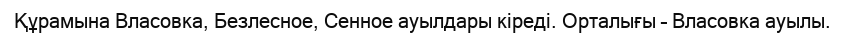
Құрамына Власовка, Безлесное, Сенное ауылдары кіреді. Орталығы – Власовка ауылы.